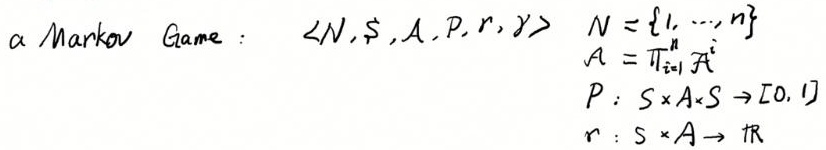
a Markov Game : $\langle N, \mathcal{S}, \mathcal{A}, P, r, \gamma\rangle$
$N = \{1, \cdots, n\}$
$\mathcal{A} = \prod_{i = 1}^{n} \mathcal{A}^{i}$
$P: \mathcal{S} \times \mathcal{A} \times \mathcal{S} \to [0, 1]$
$r: \mathcal{S} \times \mathcal{A} \to \mathbb{R}$